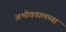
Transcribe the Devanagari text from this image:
अभोवतालच्या